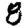
Digit: 8